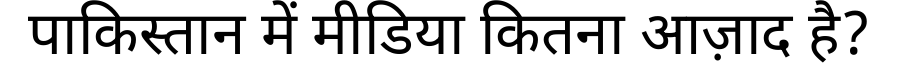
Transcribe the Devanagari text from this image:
पाकिस्तान में मीडिया कितना आज़ाद है?